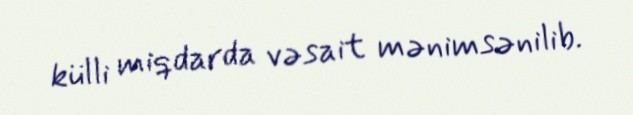
külli miqdarda vəsait mənimsənilib.